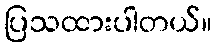
ပြသထားပါတယ်။